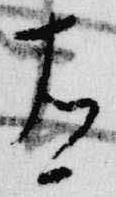
有